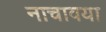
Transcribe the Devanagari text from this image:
नाचावया